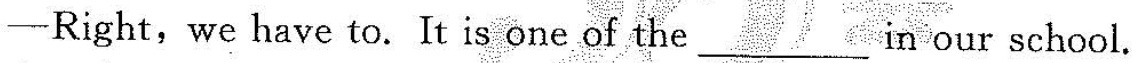
-Right,we have to. It is one of the ___ in our school.